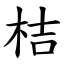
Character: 桔